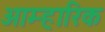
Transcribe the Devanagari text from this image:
आम्हारिक